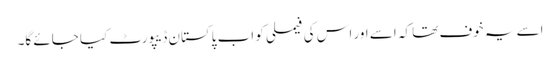
اسے یہ خوف تھا کہ اسے اور اس کی فیملی کو اب پاکستان ڈیپورٹ کیا جائے گا۔